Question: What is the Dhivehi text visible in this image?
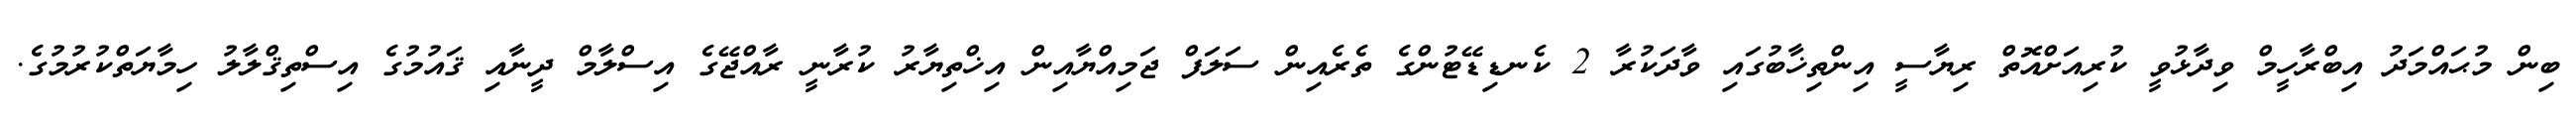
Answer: ބިން މުޙައްމަދު އިބްރާހީމް ވިދާޅުވީ ކުރިއަށްއޮތް ރިޔާސީ އިންތިޚާބުގައި ވާދަކުރާ 2 ކެނޑިޑޭޓުންގެ ތެރެއިން ސަލަފް ޖަމިއްޔާއިން އިޚްތިޔާރު ކުރާނީ ރާއްޖޭގެ އިސްލާމް ދީނާއި ޤައުމުގެ އިސްތިޤްލާލު ހިމާޔަތްކުރުމުގެ.